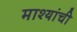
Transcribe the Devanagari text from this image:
माश्यांची